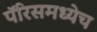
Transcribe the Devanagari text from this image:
पॅरिसमध्येच